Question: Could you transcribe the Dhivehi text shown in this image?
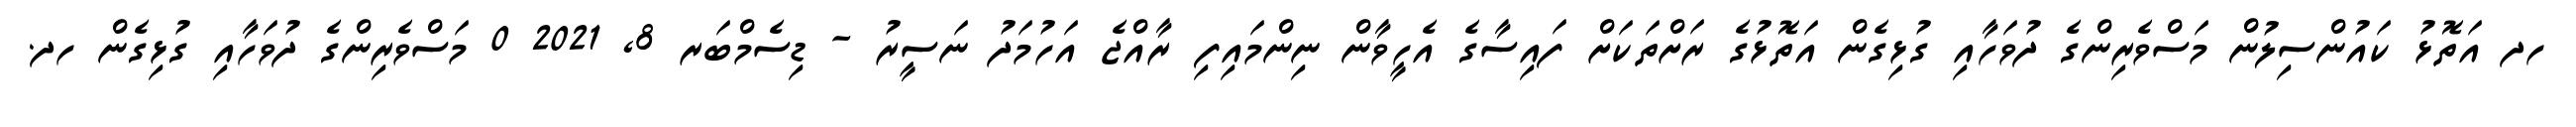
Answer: ހދ އަތޮޅު ކައުންސިލުން މަސްވެރިންގެ ދުވަހާއި ގުޅިގެން އަތޮޅުގެ ރަށްތަކަށް ފައިސާގެ އެހީވާން ނިންމައިފި ރާއްޖެ އަހުމަދު ނަސީރު - ޑިސެމްބަރ 8, 2021 0 މަސްވެރިންގެ ދުވަހާއި ގުޅިގެން ހދ.